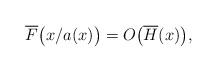
LaTeX: \begin{align*}\overline F\big(x/a(x)\big)=O\big(\overline H(x)\big),\end{align*}